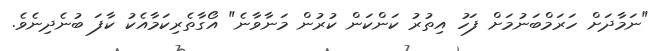
"ނަމާދަށް ހަރަމްބަނުމަށް ފަހު އިތުރު ކަންކަން ކުރުން މަނާވާނެ" އޯގާތެރިކަމާއެކު ކާފަ ބުނެދިނެވެ.